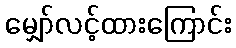
မျှော်လင့်ထားကြောင်း